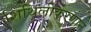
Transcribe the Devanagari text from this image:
शिथिलीकरणाने